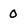
Character: 0